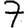
Digit: 7